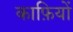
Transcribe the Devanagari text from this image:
काफ़ियों